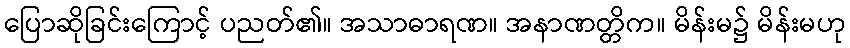
ပြောဆိုခြင်းကြောင့် ပညတ်၏။ အသာဓာရဏ။ အနာဏတ္တိက။ မိန်းမ၌ မိန်းမဟု